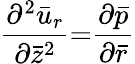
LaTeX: \frac{{\partial}^{2}\bar{u}_{r}}{{\partial}\bar{z}^{2}}{=}\frac{{\partial}\bar{p}}{{\partial}\bar{r}}